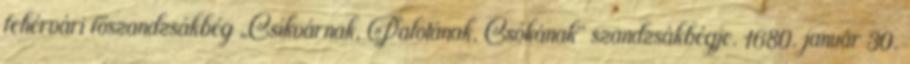
fehérvári főszandzsákbég „Csíkvárnak, Palotának, Csóká­nak" szandzsákbégje. 1680. január 30.